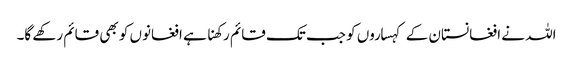
اللہ نے افغانستان کے کہساروں کو جب تک قائم رکھنا ہے افغانوں کو بھی قائم رکھے گا۔